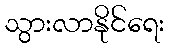
သွားလာနိုင်ရေး